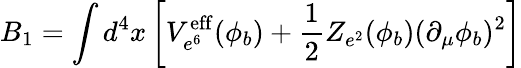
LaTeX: B_{1}=\int d^{4}x\left[V_{e^{6}}^{\mathrm{eff}}(\phi_{b})+\frac{1}{2}Z_{e^{2}}(\phi_{b})(\partial_{\mu}\phi_{b})^{2}\right]